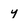
Character: y